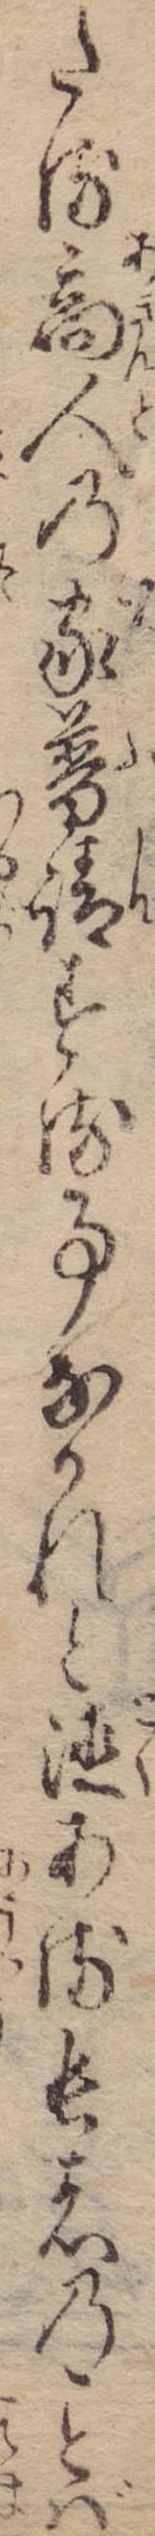
たる商人の家普請する事なかれと徳ある長者のば